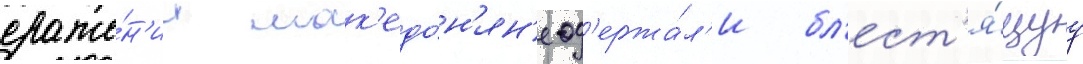
сраже́н'ии мак'едо́н'ян'е од'ержа́л'и бл'ест'я́щуу